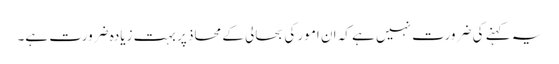
یہ کہنے کی ضرورت نہیں ہے کہ ان امور کی بحالی کے محاذ پر بہت زیادہ ضرورت ہے۔